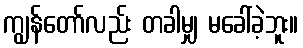
ကျွန်တော်လည်း တခါမျှ မခေါ်ခဲ့ဘူး။